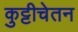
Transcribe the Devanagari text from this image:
कुट्टीचेतन